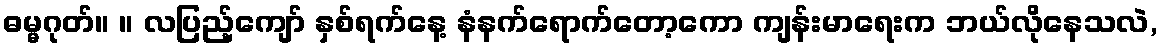
ဓမ္မဂုတ်။ ။ လပြည့်ကျော် နှစ်ရက်နေ့ နံနက်ရောက်တော့ကော ကျန်းမာရေးက ဘယ်လိုနေသလဲ,